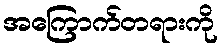
အကြောက်တရားကို